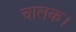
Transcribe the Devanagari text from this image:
चालक।